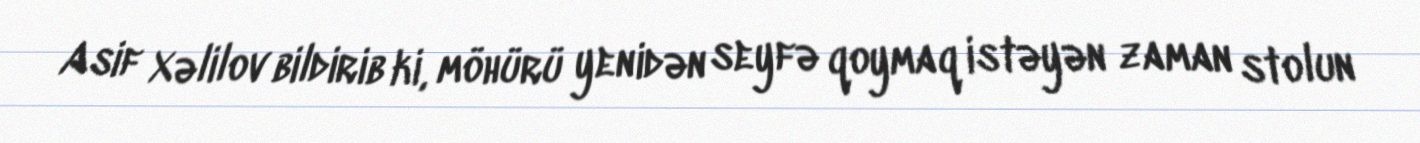
Asif Xəlilov bildirib ki, möhürü yenidən seyfə qoymaq istəyən zaman stolun